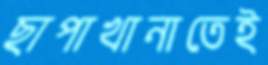
ছাপাখানাতেই